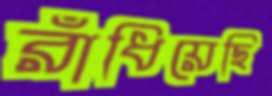
রাঁধিয়েছি